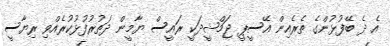
އެ ދެ ބޭފުޅުންގެ ތެރެއިން އޭސީޕީ ޖަމްޝީދަކީ ރައީސް ޔާމީން ދަތުރުފުޅުކުރެއްވި ރިޔާސީ